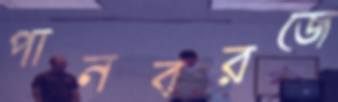
পানবরজে